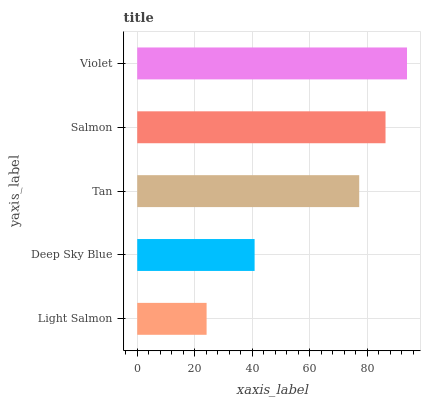
| yaxis_label | bars |
 | --- | --- |
 | Light Salmon | 24.1 |
 | Deep Sky Blue | 40.8 |
 | Tan | 77.3 |
 | Salmon | 86.4 |
 | Violet | 93.9 |